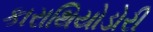
કારાથિયોડોરી